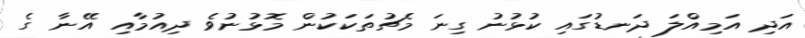
އަދި އަމިއްލަ ދަނޑުގައި ކުޅުނު ގިނަ މެޗުތަކަކުން މޮޅުނުވެ ދިއުމާއި އޭނާ ގެ